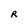
Character: R